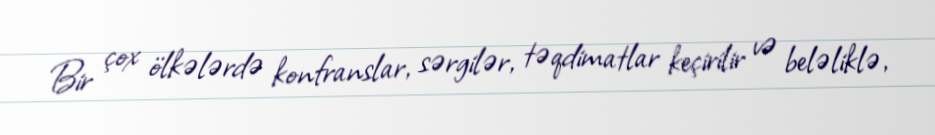
Bir çox ölkələrdə konfranslar, sərgilər, təqdimatlar keçirilir və beləliklə,